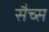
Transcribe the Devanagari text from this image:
सैच्‍स